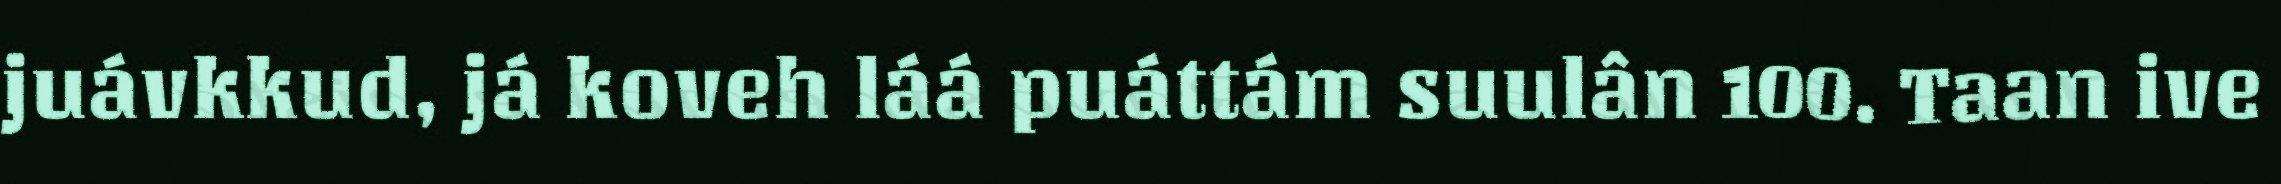
juávkkud, já koveh láá puáttám suulân 100. Taan ive